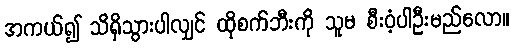
အကယ်၍ သိရှိသွားပါလျှင် ထိုစက်ဘီးကို သူမ စီးဝံ့ပါဦးမည်လော။